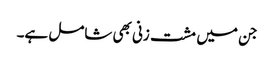
جن میں مشت زنی بھی شامل ہے۔